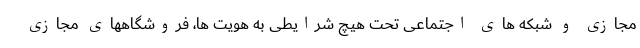
مجازی و شبکه های اجتماعی تحت هیچ شرایطی به هویت ها، فروشگاههای مجازی